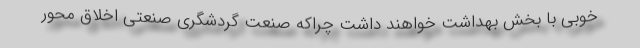
خوبی با بخش بهداشت خواهند داشت چراکه صنعت گردشگری صنعتی اخلاق محور